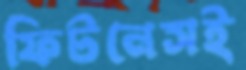
ফিটনেসই